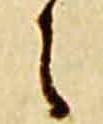
之